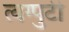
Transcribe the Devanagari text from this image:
त्वग्पुटी